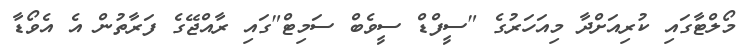
މޯލްޓާގައި ކުރިއަށްދާ މިއަހަރުގެ "ސީފްޑް ސީވެބް ސަމިޓް"ގައި ރާއްޖޭގެ ފަރާތުން އެ އެވޯޑާ